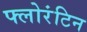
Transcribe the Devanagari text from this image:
फ्लोरंटिन